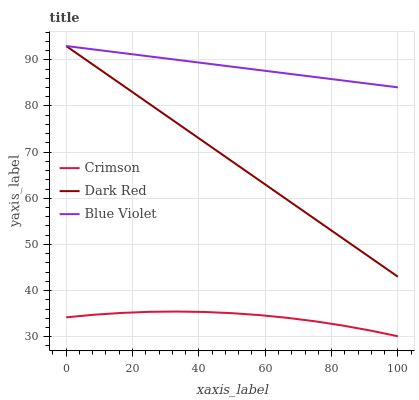
| xaxis_label | Crimson | Dark Red | Blue Violet |
 | --- | --- | --- | --- |
 | 0 | 34.2 | 93 | 93 |
 | 8.33 | 34.8 | 88.8 | 92.3 |
 | 16.7 | 35.2 | 84.7 | 91.5 |
 | 25 | 35.4 | 80.5 | 90.8 |
 | 33.3 | 35.5 | 76.3 | 90 |
 | 41.7 | 35.4 | 72.2 | 89.3 |
 | 50 | 35.1 | 68 | 88.5 |
 | 58.3 | 34.7 | 63.8 | 87.8 |
 | 66.7 | 34.1 | 59.7 | 87 |
 | 75 | 33.3 | 55.5 | 86.3 |
 | 83.3 | 32.4 | 51.3 | 85.5 |
 | 91.7 | 31.3 | 47.2 | 84.8 |
 | 100 | 30.1 | 43 | 84 |